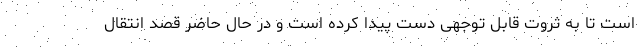
است تا به ثروت قابل توجهی دست پیدا کرده است و در حال حاضر قصد انتقال